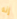
إنه